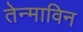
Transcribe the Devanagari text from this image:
तेन्माविन